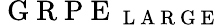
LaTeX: \mathrm{~G~R~P~E~}_{\mathrm{~L~A~R~G~E~}}